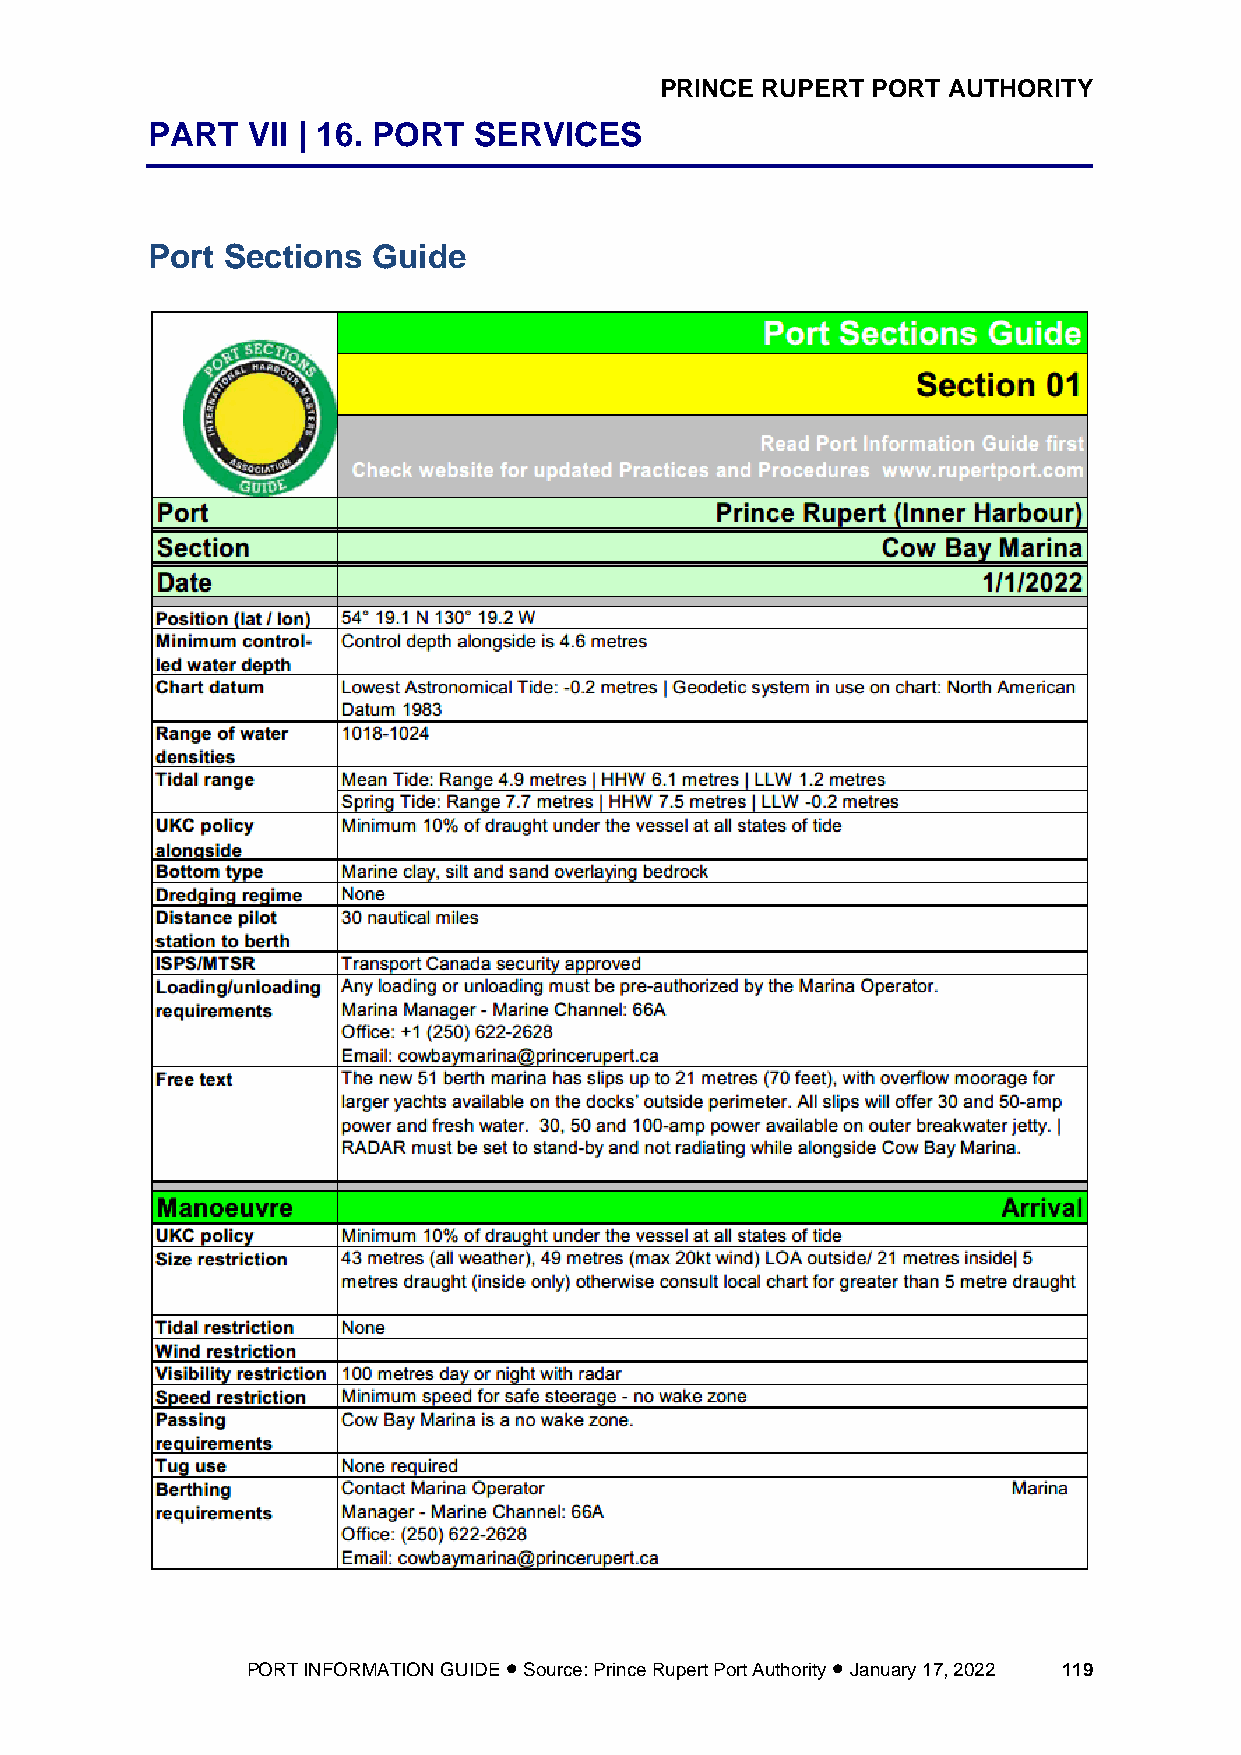
PRINCE RUPERT PORT AUTHORITY
 PART  VII | 16. PORT SERVICES
 Port Sections  Guide
 PORT INFORMATION GUIDE • Source: Prince Rupert Port Authority • January 17, 2022 119